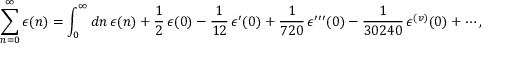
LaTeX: \sum _ { n = 0 } ^ { \infty } \epsilon ( n ) = \int _ { 0 } ^ { \infty } { d n } \, \epsilon ( n ) + { \frac { 1 } { 2 } } \, \epsilon ( 0 ) - { \frac { 1 } { 1 2 } } \, \epsilon ^ { \prime } ( 0 ) + { \frac { 1 } { 7 2 0 } } \, \epsilon ^ { \prime \prime \prime } ( 0 ) - { \frac { 1 } { 3 0 2 4 0 } } \, \epsilon ^ { ( v ) } ( 0 ) + \cdots ,